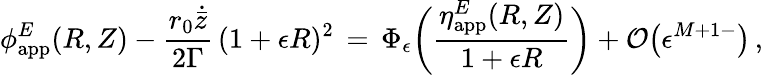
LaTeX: \phi_{\mathrm{app}}^{E}(R,Z)-\frac{r_{0}\dot{\bar{z}}}{2\Gamma}\, (1+\epsilon R)^{2}\, =\, \Phi_{\epsilon}\biggl(\frac{\eta_{\mathrm{app}}^{E}(R,Z)}{1+\epsilon R}\biggr)+\mathcal{O}\bigl(\epsilon^{M+1-}\bigr)\, ,